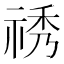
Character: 𥙾